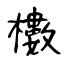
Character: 櫢